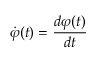
\dot { \varphi } ( t ) = \frac { d \varphi ( t ) } { d t }